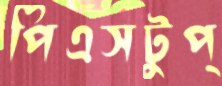
পিএসটুপ্